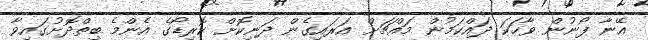
އޭނާ ފޯނުން ވާހަކަ ދައްކަމުން މައްޗަށް އަރައިގެން ދަނިކޮށް ކޮރިޑޯގެ އެންމެ ބިތްދޮށުގައިވާ